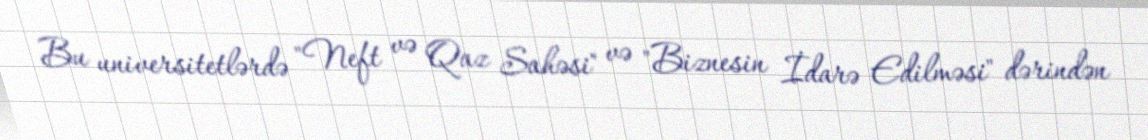
Bu universitetlərdə "Neft və Qaz Sahəsi" və "Biznesin İdarə Edilməsi" dərindən